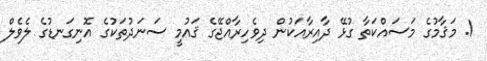
1. މަޤާމުގެ މަސައްކަތާ ގުޅޭ ދާއިރާއަކުން ދިވެހިރާއްޖޭގެ ޤައުމީ ސަނަދުތަކުގެ އޮނިގަނޑުގެ ލެވެލް